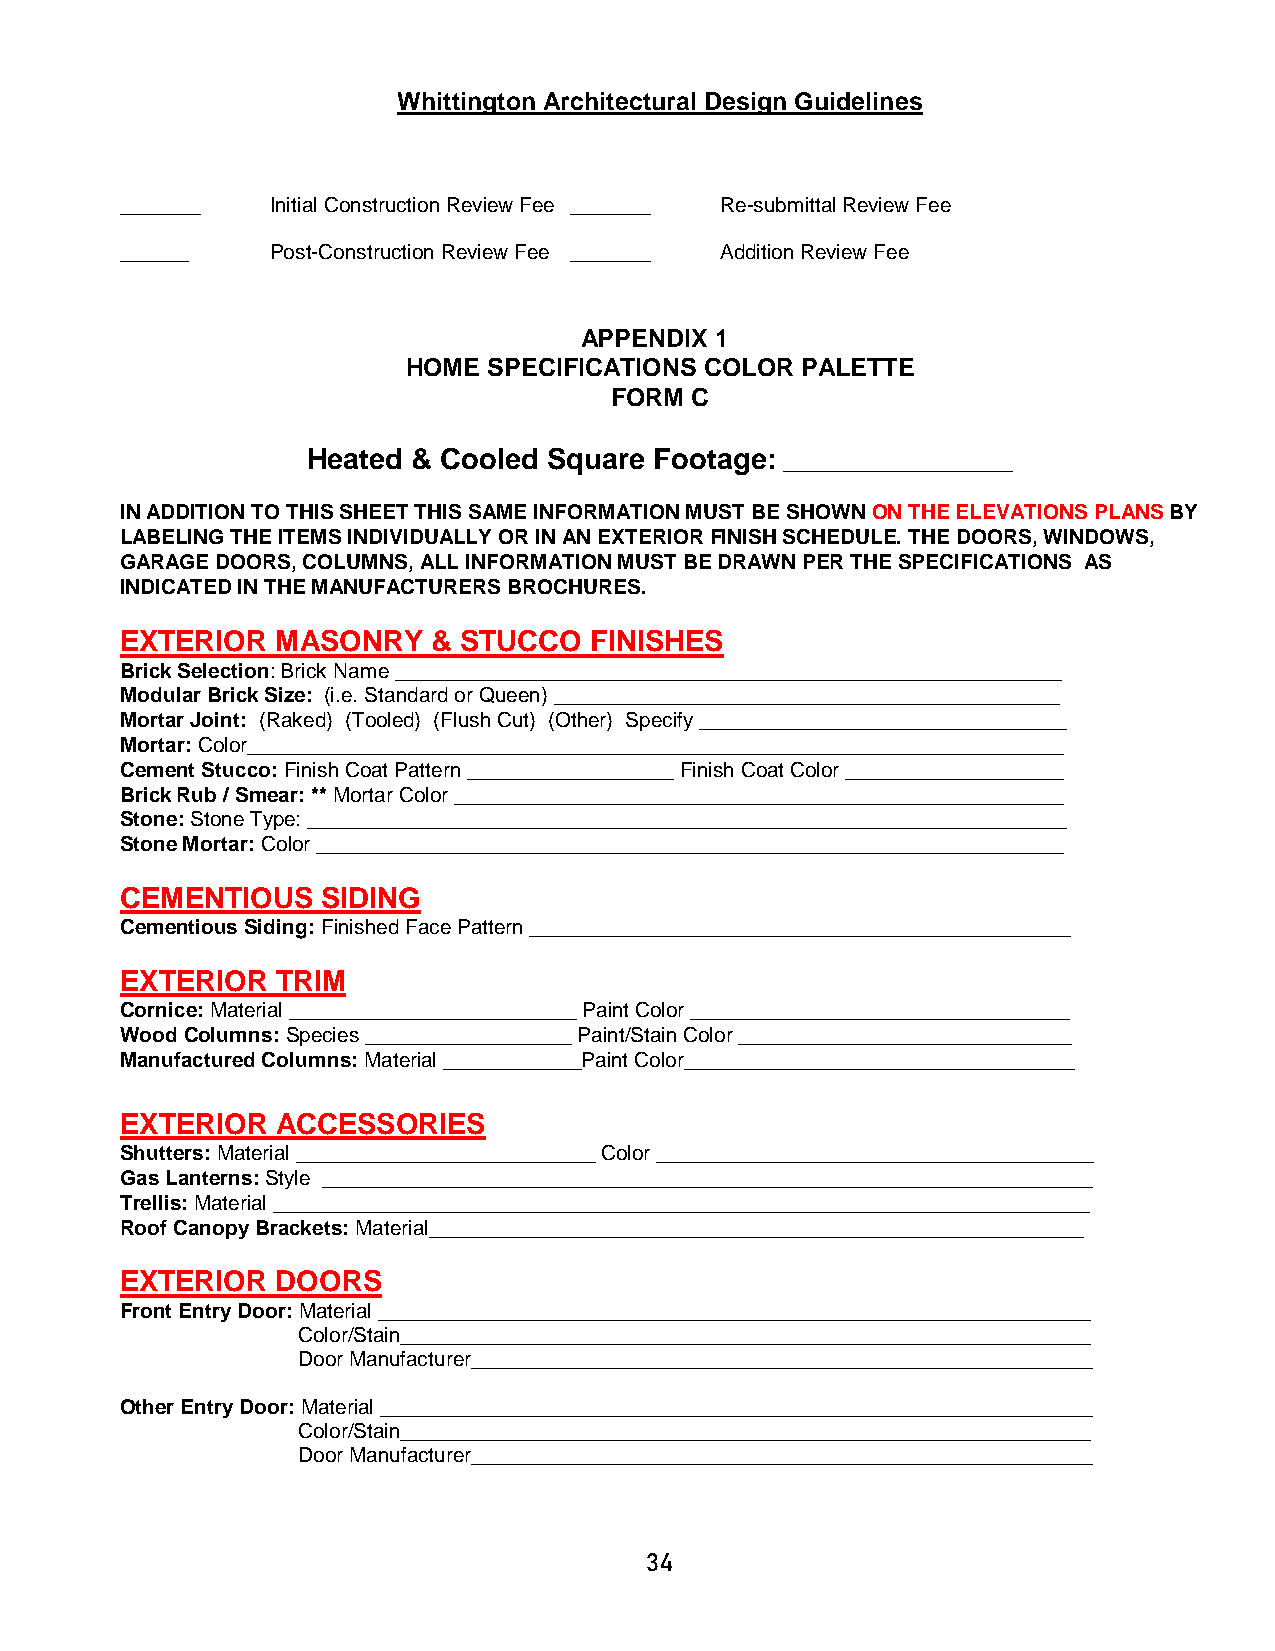
Whittington Architectural Design Guidelines
 _______   Initial Construction Review Fee _______ Re-submittal Review Fee
 ______    Post-Construction Review Fee _______ Addition Review Fee
 APPENDIX 1
 HOME SPECIFICATIONS COLOR PALETTE
 FORM  C
 Heated & Cooled Square Footage: ____________________
 IN ADDITION TO THIS SHEET THIS SAME INFORMATION MUST BE SHOWN ON THE ELEVATIONS PLANS BY
 LABELING THE ITEMS INDIVIDUALLY OR IN AN EXTERIOR FINISH SCHEDULE. THE DOORS, WINDOWS,
 GARAGE DOORS, COLUMNS, ALL INFORMATION MUST BE DRAWN PER THE SPECIFICATIONS AS
 INDICATED IN THE MANUFACTURERS BROCHURES.
 EXTERIOR  MASONRY    & STUCCO  FINISHES
 Brick Selection: Brick Name __________________________________________________________
 Modular Brick Size: (i.e. Standard or Queen) ____________________________________________
 Mortar Joint: (Raked) (Tooled) (Flush Cut) (Other) Specify ________________________________
 Mortar: Color_______________________________________________________________________
 Cement Stucco: Finish Coat Pattern __________________ Finish Coat Color ___________________
 Brick Rub / Smear: ** Mortar Color _____________________________________________________
 Stone: Stone Type: __________________________________________________________________
 Stone Mortar: Color _________________________________________________________________
 CEMENTIOUS   SIDING
 Cementious Siding: Finished Face Pattern _______________________________________________
 EXTERIOR  TRIM
 Cornice: Material _________________________ Paint Color _________________________________
 Wood Columns: Species __________________ Paint/Stain Color _____________________________
 Manufactured Columns: Material ____________Paint Color__________________________________
 EXTERIOR  ACCESSORIES
 Shutters: Material __________________________ Color ______________________________________
 Gas Lanterns: Style ___________________________________________________________________
 Trellis: Material _______________________________________________________________________
 Roof Canopy Brackets: Material_________________________________________________________
 EXTERIOR  DOORS
 Front Entry Door: Material ______________________________________________________________
 Color/Stain____________________________________________________________
 Door Manufacturer______________________________________________________
 Other Entry Door: Material ______________________________________________________________
 Color/Stain____________________________________________________________
 Door Manufacturer______________________________________________________
 34